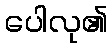
ပေါလု၏